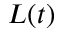
L ( t )